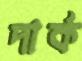
দার্ক